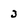
Character: 3